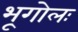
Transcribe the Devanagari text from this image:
भूगोलः